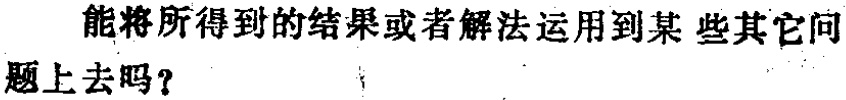
能将所得到的结果或者解法运用到某些其它问题上去吗？